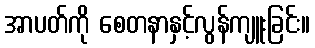
အာပတ်ကို စေတနာနှင့်လွန်ကျူးခြင်း။